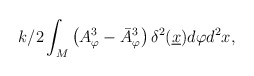
\begin{align*} {k/2} \int_M \left(A^3_\varphi - \bar{A}^3_\varphi\right)\delta^2(\underline{x})d\varphi d^2x,\end{align*}